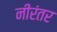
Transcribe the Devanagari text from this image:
नीरंतर